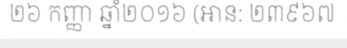
២៦ កញ្ញា ឆ្នាំ២០១៦ (អាន: ២៣៩៦៧